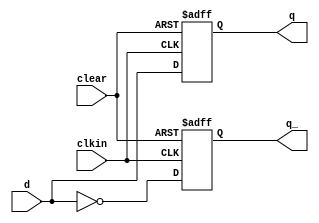
`timescale 1ns / 1ps
module D_FF(
    input d, clkin, clear,
    output reg q, q_
    );
    
    always@(posedge clkin or posedge clear)
    begin
        if(clear)
        begin
            q<=0;
            q_<=1;
        end
        else
        begin
            q<=d;
            q_<=~d;
        end
    end
endmodule